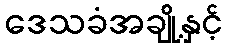
ဒေသခံအချို့နှင့်